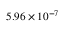
5 . 9 6 \times 1 0 ^ { - 7 }